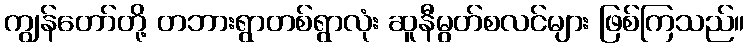
ကျွန်တော်တို့ တဘားရွာတစ်ရွာလုံး ဆူနီမွတ်စလင်များ ဖြစ်ကြသည်။